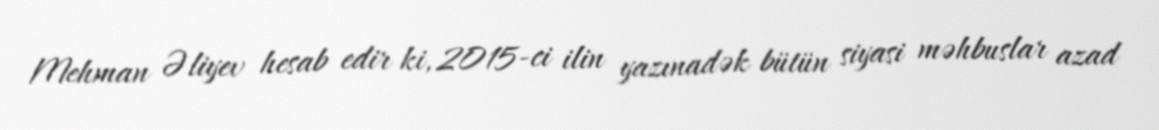
Mehman Əliyev hesab edir ki, 2015-ci ilin yazınadək bütün siyasi məhbuslar azad